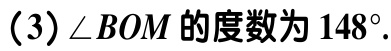
(3)$\angle BOM$的度数为$148^{\circ}$.